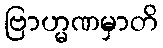
ဗြာဟ္မဏမှာတိ